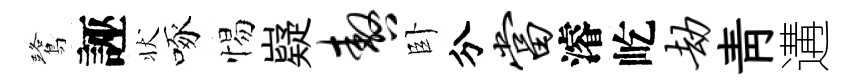
鷺誣状啄惕嶷嗷卧分当濬屹劫靑遘